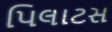
પિલાટસ